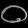
Digit: ၀